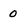
Character: 0